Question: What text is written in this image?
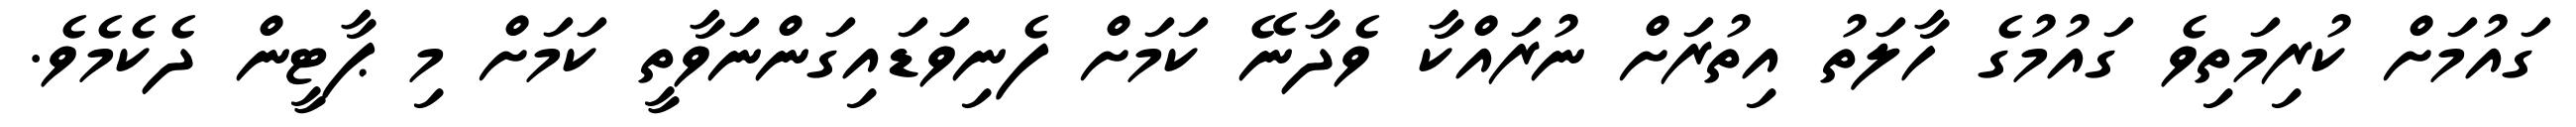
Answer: ގައުމަށް ކުރިމަތިވެ ގައުމުގެ ހާލަތު އިތުރަށް ނުރައްކާ ވެދާނޭ ކަމަށް ފެނިވަޑައިގަންނަވާތީ ކަމަށް މި ޕާޓީން ދެކެމެވެ.